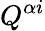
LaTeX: Q^{\alpha i}